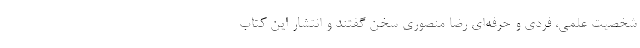
شخصیتِ علمی، فردی و حرفه‌ای رضا منصوری سخن گفتند و انتشار این کتاب